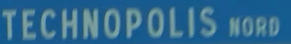
TECHNOPOLIS NORD